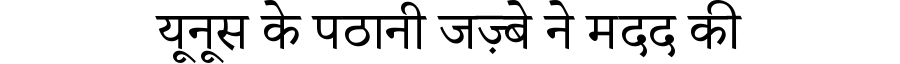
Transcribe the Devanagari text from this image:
यूनूस के पठानी जज़्बे ने मदद की